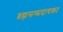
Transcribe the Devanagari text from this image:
ब्रह्मसम्प्रदायका